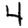
Digit: 4